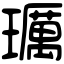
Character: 𤪲